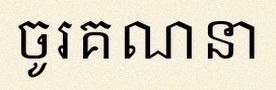
ចូរគណនា